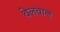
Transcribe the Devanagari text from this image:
थेलवाल